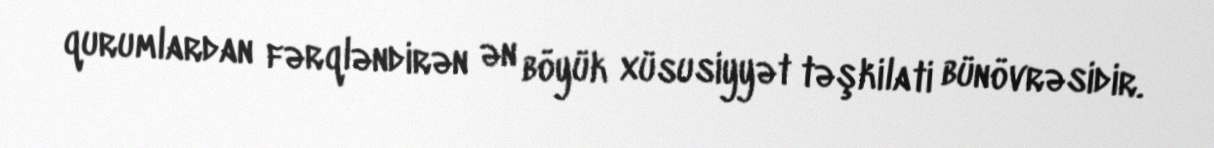
qurumlardan fərqləndirən ən böyük xüsusiyyət təşkilati bünövrəsidir.